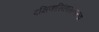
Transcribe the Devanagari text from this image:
दक्षिणासिंहासनारूढा